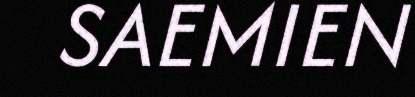
SAEMIEN